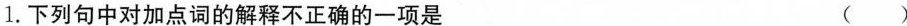
1.下列句中对加点词的解释不正确的一项是 ()